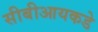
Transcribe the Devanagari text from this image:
सीबीआयकडे